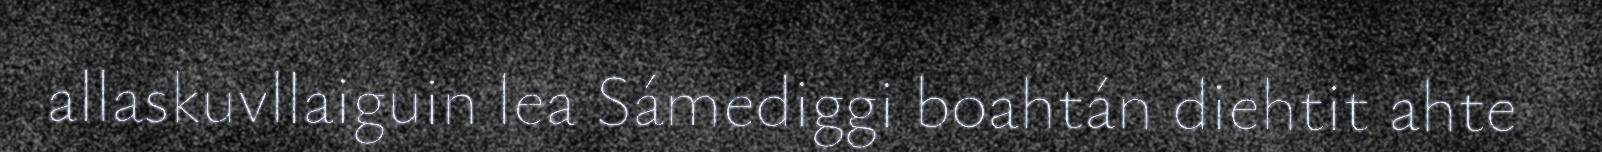
allaskuvllaiguin lea Sámediggi boahtán diehtit ahte